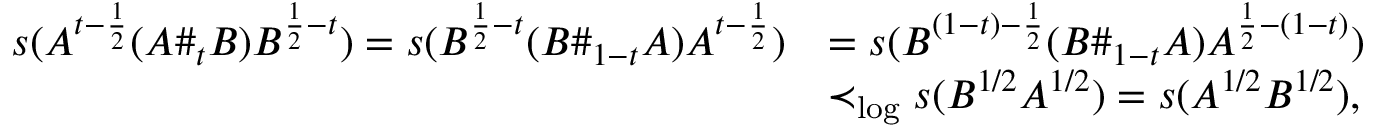
\begin{array} { r l } { s ( A ^ { t - \frac { 1 } { 2 } } ( A \# _ { t } B ) B ^ { \frac { 1 } { 2 } - t } ) = s ( B ^ { \frac { 1 } { 2 } - t } ( B \# _ { 1 - t } A ) A ^ { t - \frac { 1 } { 2 } } ) } & { = s ( B ^ { ( 1 - t ) - \frac { 1 } { 2 } } ( B \# _ { 1 - t } A ) A ^ { \frac { 1 } { 2 } - ( 1 - t ) } ) } \\ & { \prec _ { \log } s ( B ^ { 1 / 2 } A ^ { 1 / 2 } ) = s ( A ^ { 1 / 2 } B ^ { 1 / 2 } ) , } \end{array}